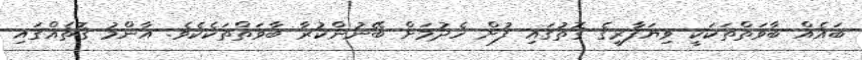
ބައެއް ބާވަތްތަކަކީ ވިޔަފާރީގެ ގޮތުގައި ފުށް ހެދުމަށް ބޭނުންކުރާ ބާވަތްތަކެކެވެ. އާންމު ގޮތެއްގައި